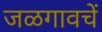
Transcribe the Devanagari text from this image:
जळगावचें